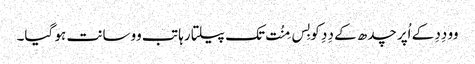
وو دِدِ کے اُپر چدھ کے دِدِ کو بِس مِنُت تک پیلتا رہا تب وو سانت ہو گیا۔